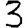
Digit: 3